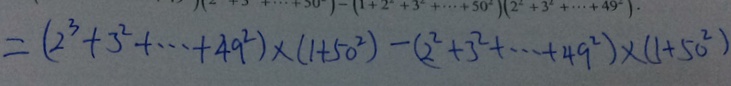
= ( 2 ^ { 3 } + 3 ^ { 2 } + \cdots + 4 9 ^ { 2 } ) \times ( 1 + 5 0 ^ { 2 } ) - ( 2 ^ { 2 } + 3 ^ { 2 } + \cdots + 4 9 ^ { 2 } ) \times ( 1 + 5 0 ^ { 2 } )